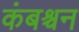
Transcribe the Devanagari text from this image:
कंबश्चन